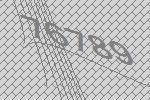
76789